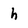
Character: h